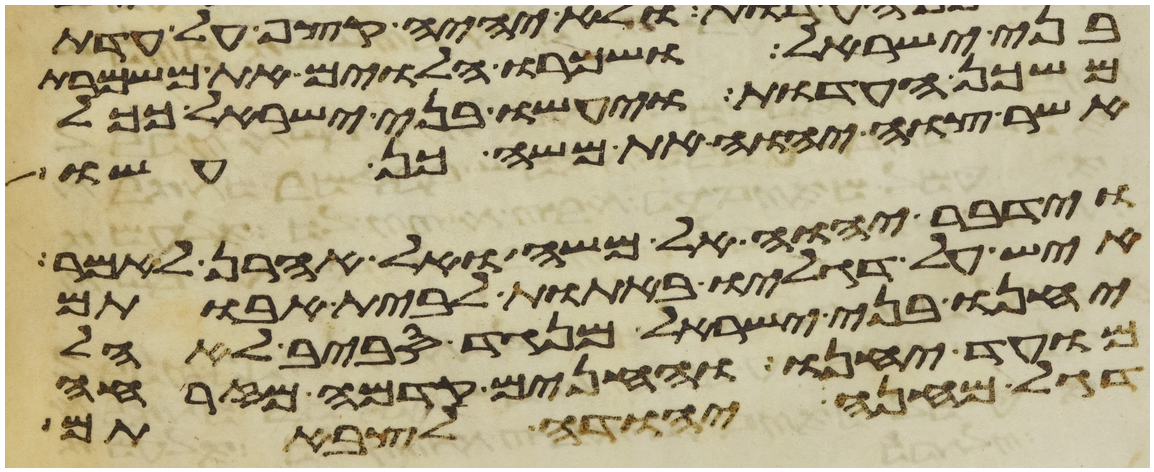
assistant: בני ישראל ושמרו הלוים את משמרת
משכן העדות ויעשו בני ישראל ככל
אשר צוה יהוה את משה כן עשו
וידבר יהוה אל משה ואל אהרן לאמר
איש על דגליו באתות לבית אבותם
יחנו בני ישראל מנגד סביב לאהל
מועד יחנו והחנים קדמה מזרחה
דגל מחנה יהודה לצבאתם